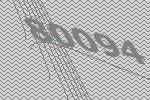
80094